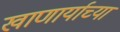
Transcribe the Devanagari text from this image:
खाणार्याच्या